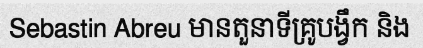
Sebastin Abreu មានតួនាទីគ្រូបង្វឹក និង